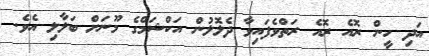
އަދި ހީން ރޮއެ ރޮއެ ރަތްވެފައިވާ ދެލޮލުން އަކްޝަމްގެ މޫނަށް ބަލާލި އެެވެ.